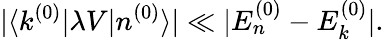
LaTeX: |\langle k^{(0)}|\lambda V|n^{(0)}\rangle|\ll|E_{n}^{(0)}-E_{k}^{(0)}|.